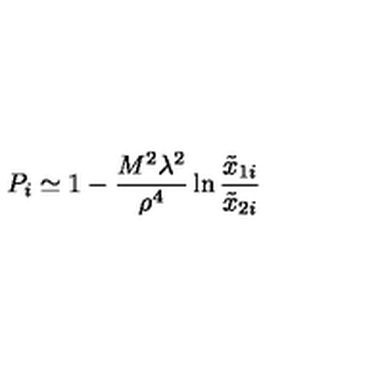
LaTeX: P _ { i } \simeq 1 - { \frac { M ^ { 2 } \lambda ^ { 2 } } { \rho ^ { 4 } } } \ln { \frac { \tilde { x } _ { 1 i } } { \tilde { x } _ { 2 i } } }